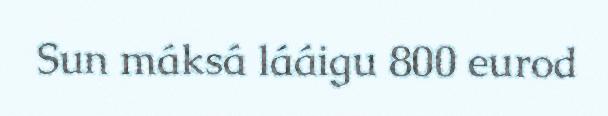
Sun máksá lááigu 800 eurod